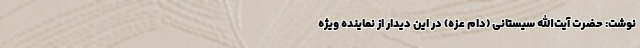
نوشت: حضرت آیت‌الله سیستانی (دام عزّه) در این دیدار از نماینده ویژه